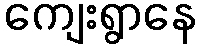
ကျေးရွာနေ